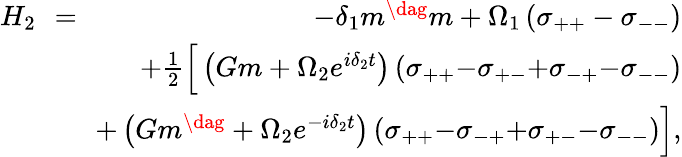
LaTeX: \begin{array}{rlr}{H_{2}\! \! }&{=}&{\! \! -\delta_{1}m^{\dag}m+\Omega_{1}\left(\sigma_{++}-\sigma_{--}\right)}\\ &{}&{\! \! +\frac{1}{2}\Big[\left(Gm+\Omega_{2}e^{i\delta_{2}t}\right)\left(\sigma_{++}{-}\sigma_{+-}{+}\sigma_{-+}{-}\sigma_{--}\right)}\\ &{}&{\! \! +\left(Gm^{\dag}+\Omega_{2}e^{-i\delta_{2}t}\right)\left(\sigma_{++}{-}\sigma_{-+}{+}\sigma_{+-}{-}\sigma_{--}\right)\Big],}\end{array}